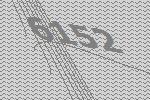
6152